Report of the Indian Hemp Drugs Commission, 1894-1895 - Volume V
Year: 1894
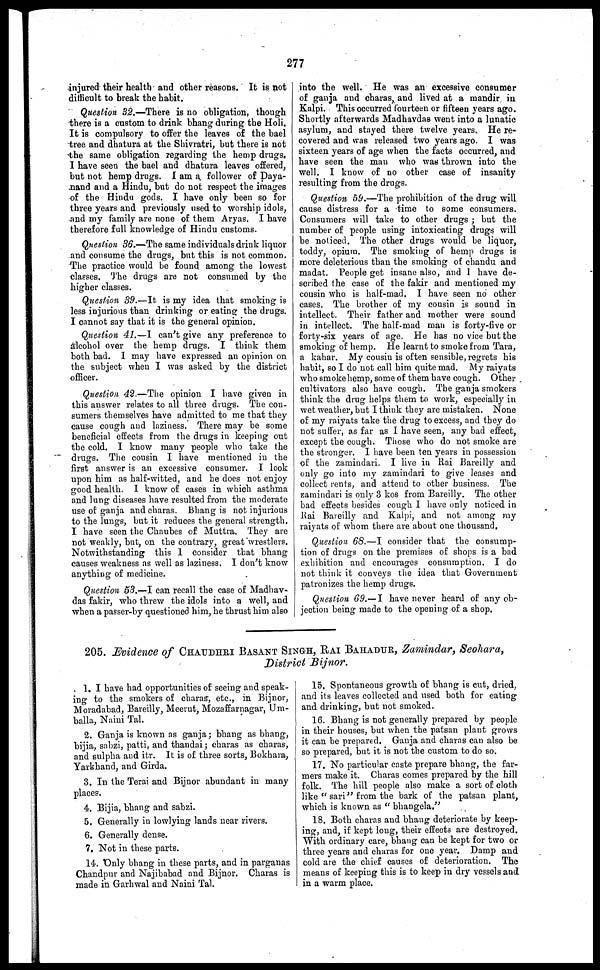
277
injured their health and other reasons. It is not
difficult to break the habit.
Question 32.—There is no obligation, though
there is a custom to drink bhang during the Holi,
It is compulsory to offer the leaves of the bael
tree and dhatura at the Shivratri, but there is not
the same obligation regarding the hemp drugs,
I have seen the bael and dhatura leaves offered,
but not hemp drugs. I am a follower of Daya-
nand and a Hindu, but do not respect the images
of the Hindu gods. I have only been so for
three years and previously used to worship idols,
and my family are none of them Aryas. I have
therefore full knowledge of Hindu customs.
Question 36.—The same individuals drink liquor
and consume the drugs, but this is not common.
The practice would be found among the lowest
classes. The drugs are not consumed by the
higher classes.
Question 39.—It. is my idea that smoking is
less injurious than drinking or eating the drugs.
I cannot say that it is the general opinion.
Question 41.—I can't give any preference to
alcohol over the hemp drugs. I think them
both bad. I may have expressed an opinion on
the subject when I was asked by the district
officer.
Question 42.—The opinion I have given in
this answer relates to all three drugs. The con-
sumers themselves have admitted to me that they
cause cough and laziness. There may be some
beneficial effects from the drugs in keeping out
the cold. I know many people who take the
drugs. The cousin I have mentioned in the
first answer is an excessive consumer. I look
upon him as half-witted, and he does not enjoy
good health. I know of cases in which asthma
and lung diseases have resulted from the moderate
use of ganja and charas. Bhang is not injurious
to the lungs, but it reduces the general strength.
I have seen the Chaubes of Muttra. They are
not weakly, but, on the contrary, great wrestlers.
Notwithstanding this 1 consider that bhang
causes weakness as well as laziness. I don't know
anything of medicine.
Question 53.—I can recall the case of Madhav-
das fakir, who threw the idols into a well, and
when a passer-by questioned him, he thrust him also
into the well. He was an excessive consumer
of ganja and charas, and lived at a mandir in.
Kalpi. This occurred fourteen or fifteen years ago.
Shortly afterwards Madhavdas went into a lunatic
asylum, and stayed there twelve years. He re-
covered and was released two years ago. I was
sixteen years of age when the facts occurred, and
have seen the man who was thrown into the
well. I know of no other case of insanity
resulting from the drugs.
Question 59.—The prohibition of the drug will
cause distress for a time to some consumers.
Consumers will take to other drugs ; but the
number of people using intoxicating drugs will
be noticed. The other drugs would be liquor,
toddy, opium. The smoking of hemp drugs is
more deleterious than the smoking of chandu and
madat. People get insane also, and I have de-
scribed the case of the fakir and mentioned my
cousin who is half-mad. I have seen no other
cases. The brother of my cousin is sound in
intellect. Their father and mother were sound
in intellect. The half-mad man is forty-five or
forty-six years of age. He has no vice but the
smoking of hemp. He learnt to smoke from Tara,
a kahar. My consin is often sensible, regrets his
habit, so I do not call him quite mad. My raiyats
who smoke hemp, some of them have cough. Other
cultivators also have cough. The ganja smokers
think the drug helps them to work, especially in
wet weather, but I think they are mistaken. None
of my raiyats take the drug to excess, and they do
not suffer, as far as I have seen, any bad effect,
except the cough. Those who do not smoke are
the stronger. I have been ten years in possession
of the zamindari. I live in Rai Bareilly and
only go into my zamindari to give leases and
collect rents, and attend to other business. The
zamindari is only 3 kos from Bareilly. The other
bad effects besides cough I have only noticed in
Rai Bareilly and Kalpi, and not among my
raiyats of whom there are about one thousand.
Question 68.—I consider that the consump-
tion of drugs on the premises of shops is a bad
exhibition and encourages consumption. I do
not think it conveys the idea that Government
patronizes the hemp drugs.
Question 69.—I have never heard of any ob-
jection being made to the opening of a shop.
205. Evidence of CHAUDHRI BASANT SINGH, RAI BAHADUR, Zamindar, Seohara,
District Bijnor.
1. I have had opportunities of seeing and speak-
ing to the smokers of charas, etc., in Bijnor,
Moradabad, Bareilly, Meerut, Mozaffarnagar, Um-
balla, Naini Tal.
2. Ganja is known as ganja; bhang as bhang,
bijia, sabzi, patti, and thandai ; charas as charas,
and sulpha and itr. It is of three sorts, Bokhara,
Yarkhand, and Girda.
3. In the Terai and Bijnor abundant in many
places.
4. Bijia, bhang and sabzi.
5. Generally in lowlying lands near rivers.
6. Generally dense.
7. Not in these parts.
14. Only bhang in these parts, and in parganas
Chandpur and Najibabad and Bijnor. Charas is
made in Garhwal and Naini Tal.
15. Spontaneous growth of bhang is cut, dried,
and its leaves collected and used both for eating
and drinking, but not smoked.
16. Bhang is not generally prepared by people
in their houses, but when the patsan plant grows
it can be prepared. Ganja and charas can also be
so prepared, but it is not the custom to do so.
17. No particular caste prepare bhang, the far-
mers make it. Charas comes prepared by the hill
folk. The hill people also make a sort of cloth
like "sari" from the bark of the patsan plant,
which is known as "bhangela."
18. Both charas and bhang deteriorate by keep-
ing, and, if kept long, their effects are destroyed.
With ordinary care, bhang can be kept for two or
three years and charas for one year. Damp and
cold are the chief causes of deterioration. The
means of keeping this is to keep in dry vessels and
in a warm place.